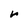
Character: r